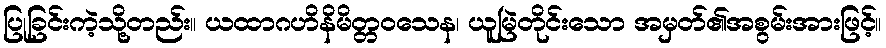
ပြုခြင်းကဲ့သို့တည်း။ ယထာဂဟိနိမိတ္တဝသေန၊ ယူမြဲတိုင်းသော အမှတ်၏အစွမ်းအားဖြင့်။